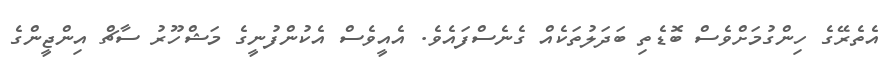
އެތެރޭގެ ހިންގުމަށްވެސް ބޮޑެތި ބަދަލުތަކެއް ގެނެސްފައެވެ. އެއީވެސް އެކުންފުނީގެ މަޝްހޫރު ސާޗް އިންޖީންގެ